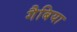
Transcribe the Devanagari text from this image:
गैबिया